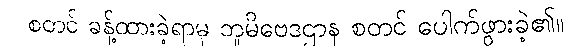
စတင် ခန့်ထားခဲ့ရာမှ ဘူမိဗေဒဌာန စတင် ပေါက်ဖွားခဲ့၏။